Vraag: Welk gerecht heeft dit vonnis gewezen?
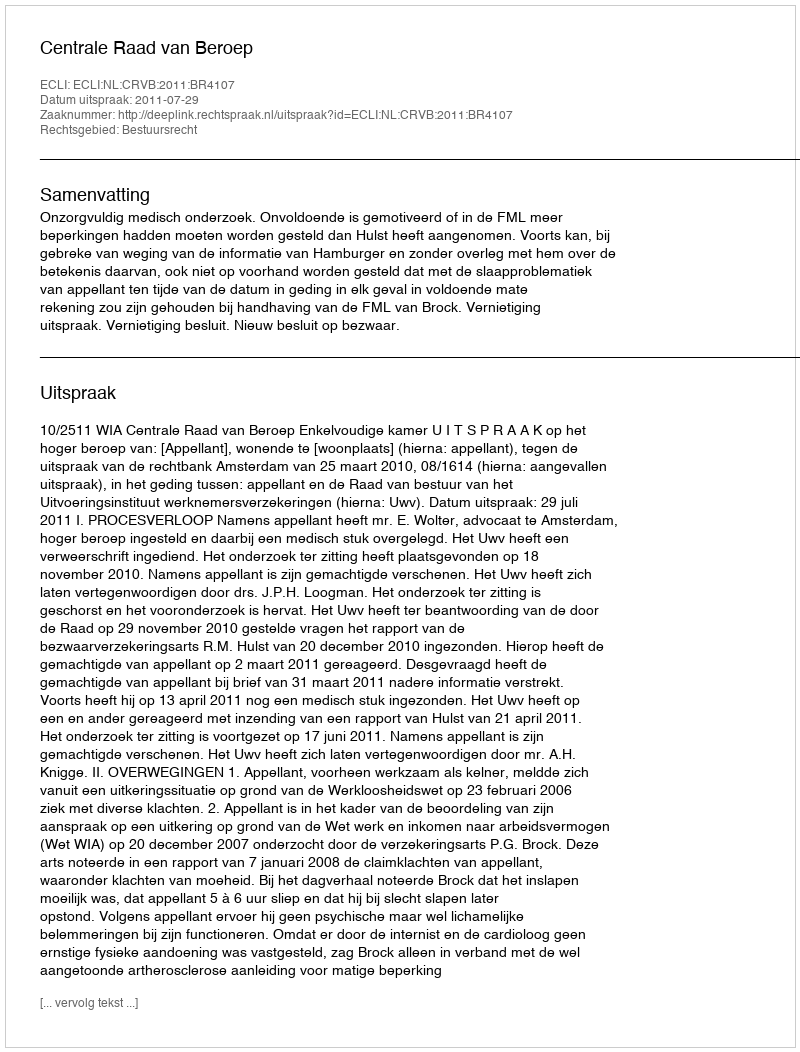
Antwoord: Centrale Raad van Beroep